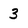
Character: 3